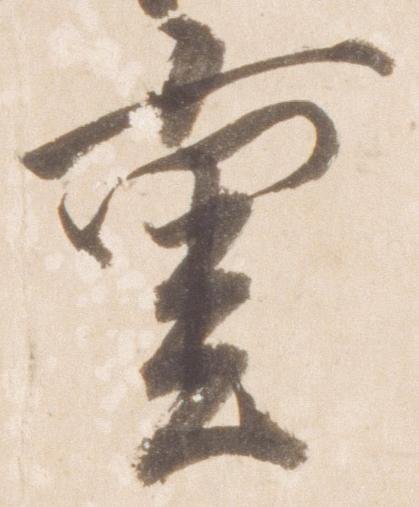
重